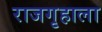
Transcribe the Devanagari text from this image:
राजगृहाला